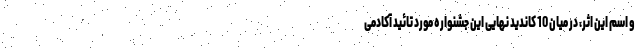
و اسم این اثر، در میان 10 کاندید نهایی این جشنواره مورد تائید آکادمی